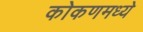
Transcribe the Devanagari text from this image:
कोकणमध्ये